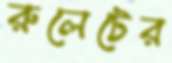
রুলেটের